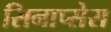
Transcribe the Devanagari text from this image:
सिनाप्सेस